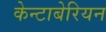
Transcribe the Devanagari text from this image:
केन्टाबेरियन